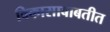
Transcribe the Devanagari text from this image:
विकासाबाबतीत